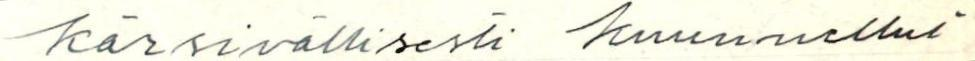
kärsivällisesti kuunnellut